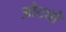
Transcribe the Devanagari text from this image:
ओट्यो